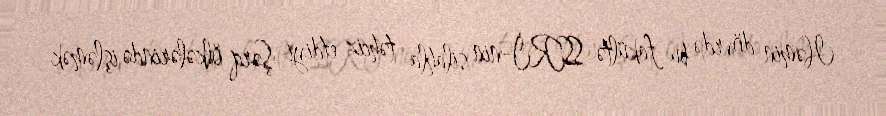
Həmin dövrdə bu fakültə SSRİ-nin silahla təhciz etdiyi Şərq ölkələrində işləmək